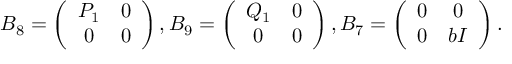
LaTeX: B _ { 8 } = \left( \begin{array} { c c } { { P _ { 1 } } } & { { 0 } } \\ { { 0 } } & { { 0 } } \end{array} \right) , B _ { 9 } = \left( \begin{array} { c c } { { Q _ { 1 } } } & { { 0 } } \\ { { 0 } } & { { 0 } } \end{array} \right) , B _ { 7 } = \left( \begin{array} { c c } { { 0 } } & { { 0 } } \\ { { 0 } } & { { b I } } \end{array} \right) .